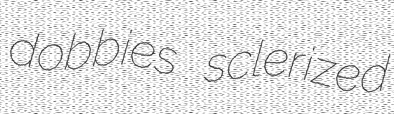
dobbies sclerized